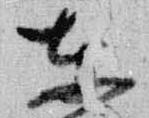
東